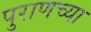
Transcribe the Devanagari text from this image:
पुराणच्या